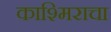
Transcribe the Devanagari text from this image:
काश्मिराचा